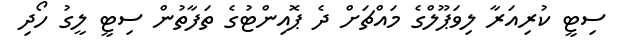
ސިޓީ ކުރިއަރާ ލިވަޕޫލްގެ މައްޗަށް ދެ ޕޮއިންޓުގެ ތަފާތުން ސިޓީ ލީގު ހޯދި